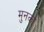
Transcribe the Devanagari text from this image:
मुनका